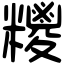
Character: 糭